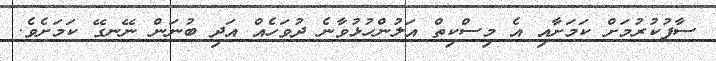
ސާފުކުރުމަށް ކަމަށާއި އެ މިސްކިތް އަލުންހުޅުވާނެ ދުވަހެއް އަދި ބުނަން ނޭނގޭ ކަމަށެވެ.